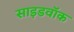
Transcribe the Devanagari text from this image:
साइडवॉक